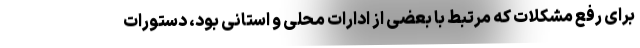
برای رفع مشکلات که مرتبط با بعضی از ادارات محلی و استانی بود، دستورات